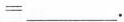
=___。